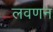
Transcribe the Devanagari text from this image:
लवणन